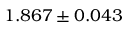
1 . 8 6 7 \pm 0 . 0 4 3